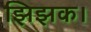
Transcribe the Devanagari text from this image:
झिझक।